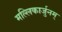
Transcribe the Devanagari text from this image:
मल्लिकार्जुनम्